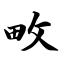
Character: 畋